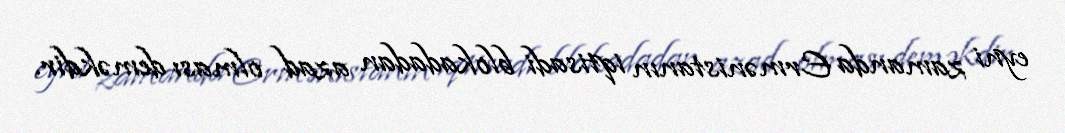
eyni zamanda Ermənistanın iqtisadi blokadadan azad olması deməkdir.